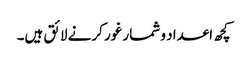
کچھ اعداد و شمار غور کرنے لائق ہیں۔